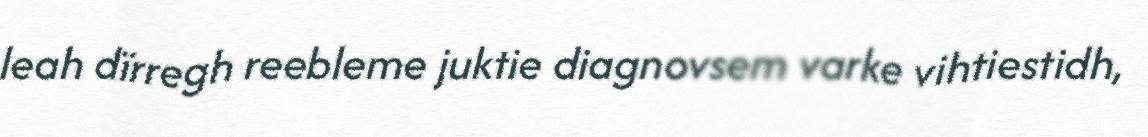
leah dïrregh reebleme juktie diagnovsem varke vihtiestidh,